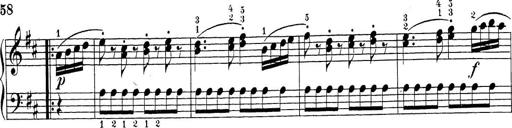
Title: Sonatina Album
Composer: Louis KÃ¶hler